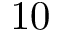
1 0